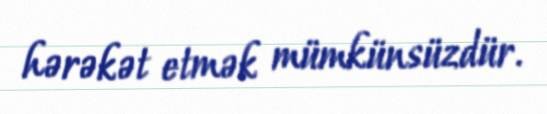
hərəkət etmək mümkünsüzdür.